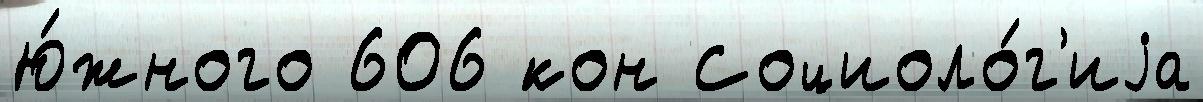
Ю́жного 606 кон Социоло́г'иjа